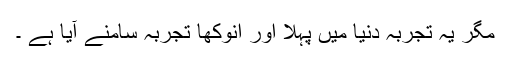
مگر یہ تجربہ دنیا میں پہلا اور انوکھا تجربہ سامنے آیا ہے ۔